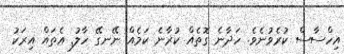
އިހްސާސް ކުރެވުނެވެ. ހަދާނެ ގޮތެއް ކުރާނެ ކަމެއް ނޭނގޭ ހާލު